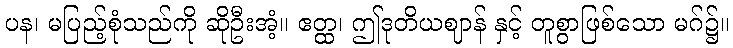
ပန၊ မပြည့်စုံသည်ကို ဆိုဦးအံ့။ ဧတ္ထ၊ ဤဒုတိယဈာန် နှင့် တူစွာဖြစ်သော မဂ်၌။